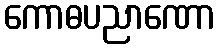
ကောဓပညာဏော